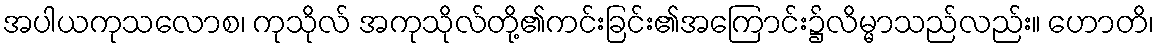
အပါယကုသလောစ၊ ကုသိုလ် အကုသိုလ်တို့၏ကင်းခြင်း၏အကြောင်း၌လိမ္မာသည်လည်း။ ဟောတိ၊